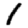
Digit: 1